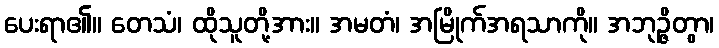
ပေးရာ၏။ တေသံ၊ ထိုသူတို့အား။ အမတံ၊ အမြိုက်အရသာကို။ အဘုဉ္ဇိတွာ၊